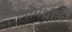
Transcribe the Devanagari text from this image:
त्‍यामधील